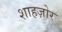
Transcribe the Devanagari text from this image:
शाहज़ोर